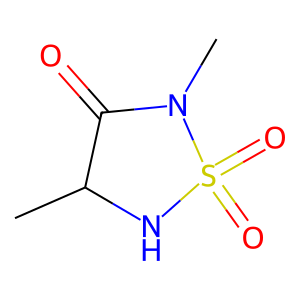
SMILES: CC1NS(=O)(=O)N(C)C1=O
Inhibits HIV replication: No